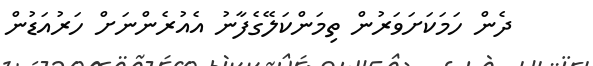
ދެން ހަމަކަށަވަރުން ތިމަންކަލޭގެފާނު އެއުރެންނަށް ހަރުއަޑުން